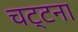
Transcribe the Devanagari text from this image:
चट्टना